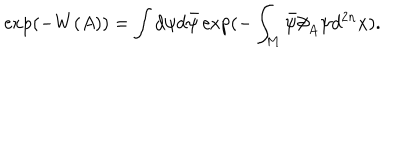
LaTeX: \exp ( - W ( A ) ) = \int d \psi d \bar { \psi } \exp ( - \int _ { M } \bar { \psi } \partial \! \! \! / _ { A } \psi d ^ { 2 n } x ) .